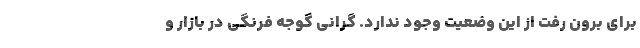
برای برون رفت از این وضعیت وجود ندارد. گرانی گوجه فرنگی در بازار و